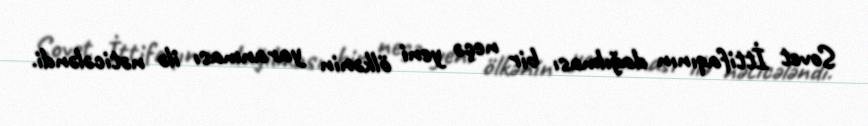
Sovet İttifaqının dağılması bir neçə yeni ölkənin yaranması ilə nəticələndi.